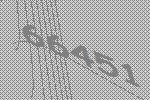
66451